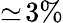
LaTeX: \simeq\! 3\%